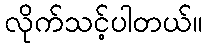
လိုက်သင့်ပါတယ်။